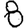
Digit: 8